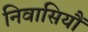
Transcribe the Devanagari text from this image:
निवासियौं